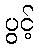
ပွင့်